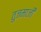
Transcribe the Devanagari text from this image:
तुजमाजी